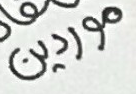
موردين